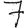
Digit: 7